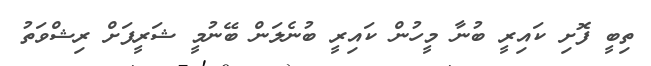
ތިބީ ފޮށި ކައިރީ ބުނާ މީހުން ކައިރީ ބުނެލަން ބޭނުމީ ޝަރީފަށް ރިޝްވަތު